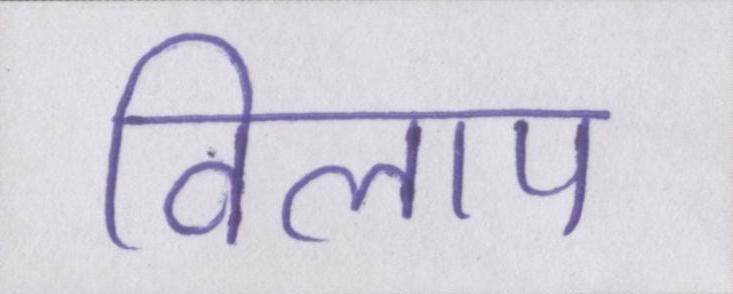
विलाप